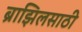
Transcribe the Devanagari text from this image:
ब्राझिलसाठी